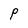
Character: P